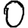
Digit: 0